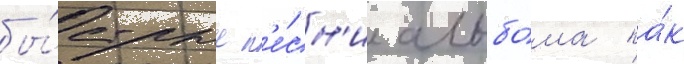
бы́стрые п'е́сн'и альбо́ма ка́к